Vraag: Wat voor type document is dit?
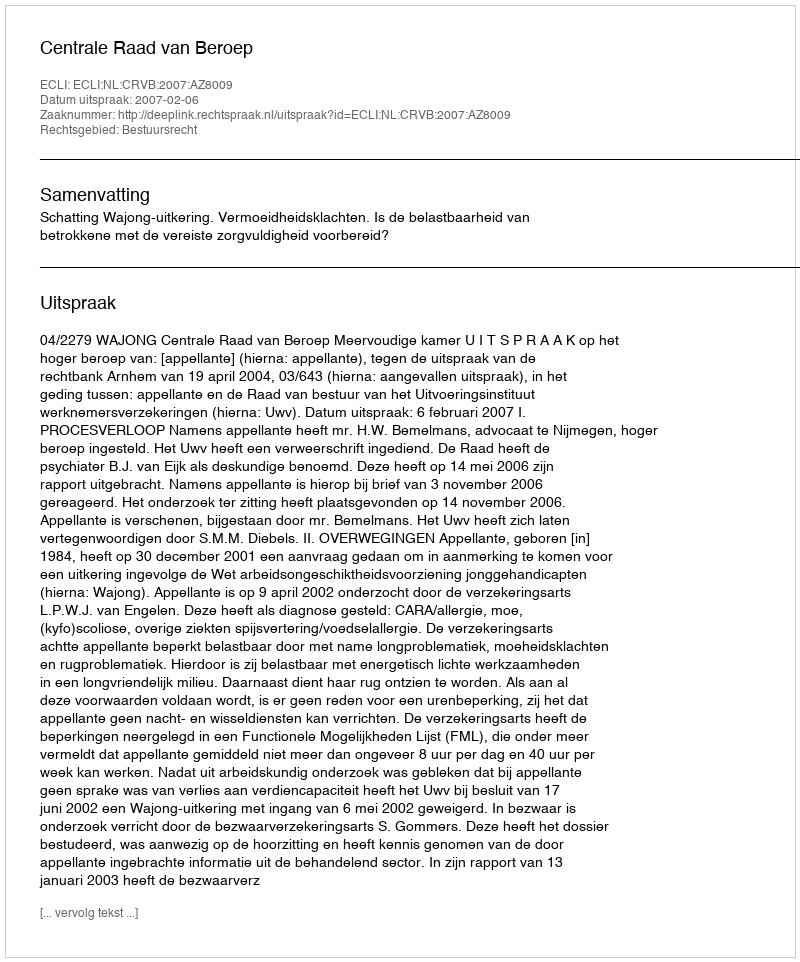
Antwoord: Uitspraak